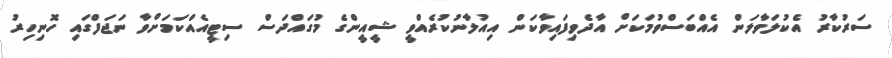
ސަރުކާރު އެކުލަވާލަން އެއްބަސްވުމަކަށް އާދެވިފައިވާކަން އިއުލާނުކުރެއްވީ ޝީއީންގެ މުގައްދަސް ސިޓީއެއްކަމަށްވާ ނަޖަފްގައި ހޮނިހިރު